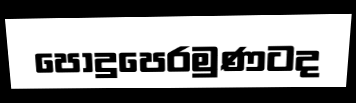
පොදුපෙරමුණටද